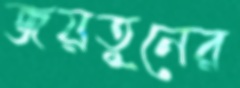
জয়তুনের